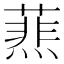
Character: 𦻹